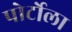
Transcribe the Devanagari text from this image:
पोर्टोला